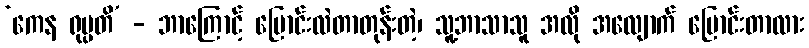
‘ကေန ရုပ္ပတိ’ - ဘာကြောင့် ပြောင်းလဲတာတုန်းတဲ့၊ သူ့ဘာသာသူ အလို အလျောက် ပြောင်းတာလား